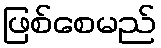
ဖြစ်စေမည်